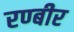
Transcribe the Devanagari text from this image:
रण्बीर